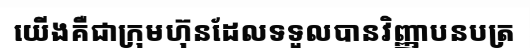
យើងគឺជាក្រុមហ៊ុនដែលទទួលបានវិញ្ញាបនបត្រ